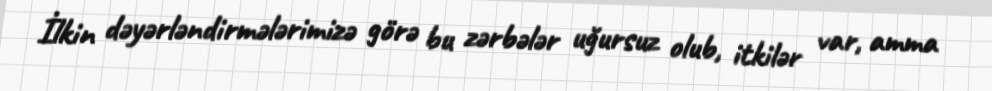
İlkin dəyərləndirmələrimizə görə bu zərbələr uğursuz olub, itkilər var, amma